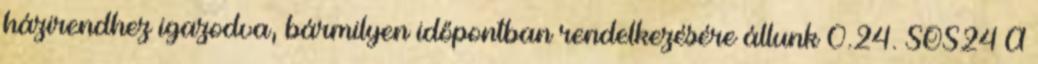
házirendhez igazodva, bármilyen időpontban rendelkezésére állunk 0.24. SOS24 A